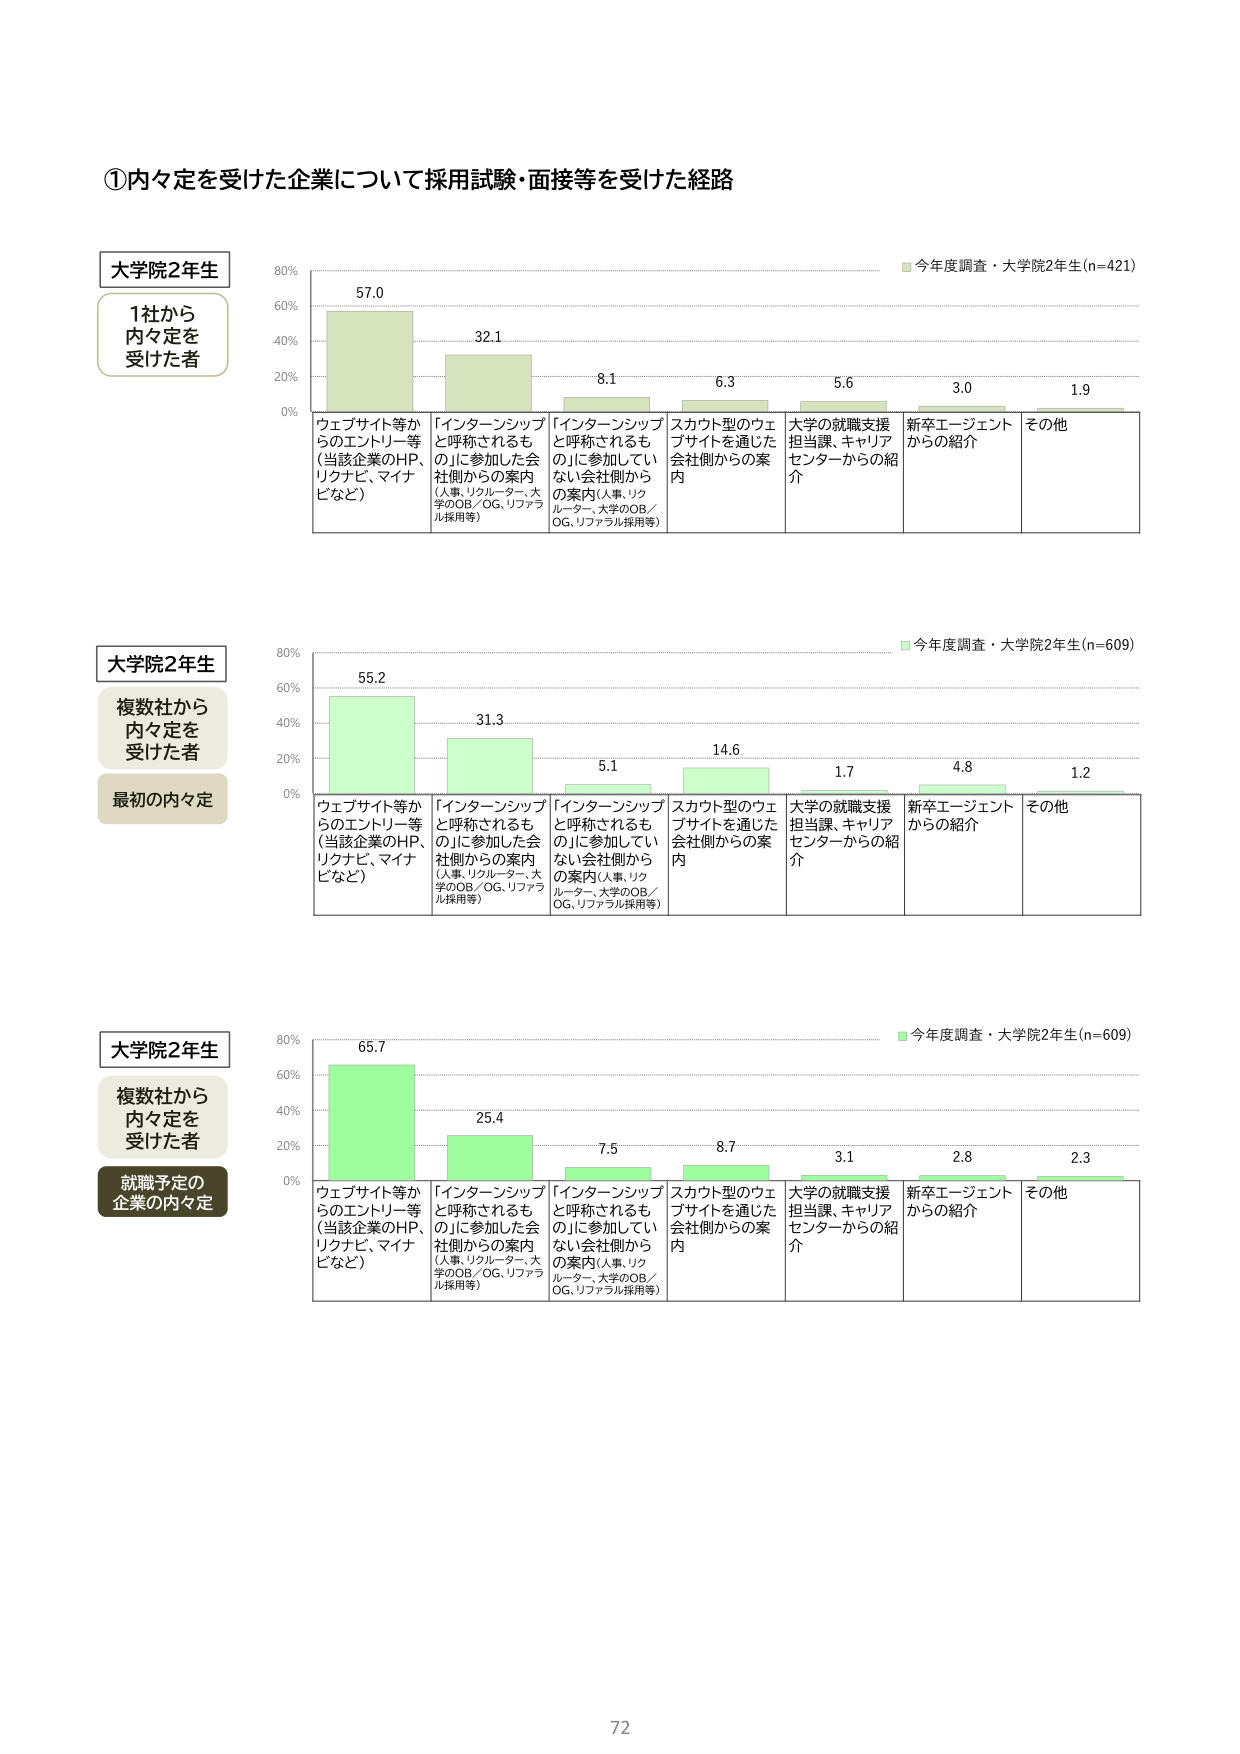
①内々定を受けた企業について採用試験・面接等を受けた経路

大学院2年生
1社から
内々定を
受けた者

ウェブサイト等か
らのエントリー等
（当該企業のHP、
リクナビ、マイナ
ビなど）

57.0

「インターンシップ
と呼称されるも
の」に参加した会
社側からの案内
（人事、リクルーター、大
学のOB／OG、リファラ
ル採用等）

32.1

「インターンシップ
と呼称されるも
の」に参加してい
ない会社側から
の案内（人事、リク
ルーター、大学のOB／
OG、リファラル採用等）

8.1

スカウト型のウェ
ブサイトを通じた
会社側からの案
内

6.3

大学の就職支援
担当課、キャリア
センターからの紹
介

5.6

新卒エージェント
からの紹介

3.0

その他

1.9

今年度調査・大学院2年生(n=421)

大学院2年生
複数社から
内々定を
受けた者
最初の内々定

ウェブサイト等か
らのエントリー等
（当該企業のHP、
リクナビ、マイナ
ビなど）

55.2

「インターンシップ
と呼称されるも
の」に参加した会
社側からの案内
（人事、リクルーター、大
学のOB／OG、リファラ
ル採用等）

31.3

「インターンシップ
と呼称されるも
の」に参加してい
ない会社側から
の案内（人事、リク
ルーター、大学のOB／
OG、リファラル採用等）

5.1

スカウト型のウェ
ブサイトを通じた
会社側からの案
内

14.6

大学の就職支援
担当課、キャリア
センターからの紹
介

1.7

新卒エージェント
からの紹介

4.8

その他

1.2

今年度調査・大学院2年生(n=609)

大学院2年生
複数社から
内々定を
受けた者
就職予定の
企業の内々定

ウェブサイト等か
らのエントリー等
（当該企業のHP、
リクナビ、マイナ
ビなど）

65.7

「インターンシップ
と呼称されるも
の」に参加した会
社側からの案内
（人事、リクルーター、大
学のOB／OG、リファラ
ル採用等）

25.4

「インターンシップ
と呼称されるも
の」に参加してい
ない会社側から
の案内（人事、リク
ルーター、大学のOB／
OG、リファラル採用等）

7.5

スカウト型のウェ
ブサイトを通じた
会社側からの案
内

8.7

大学の就職支援
担当課、キャリア
センターからの紹
介

3.1

新卒エージェント
からの紹介

2.8

その他

2.3

今年度調査・大学院2年生(n=609)

72